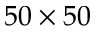
5 0 \times 5 0